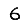
Digit: 6